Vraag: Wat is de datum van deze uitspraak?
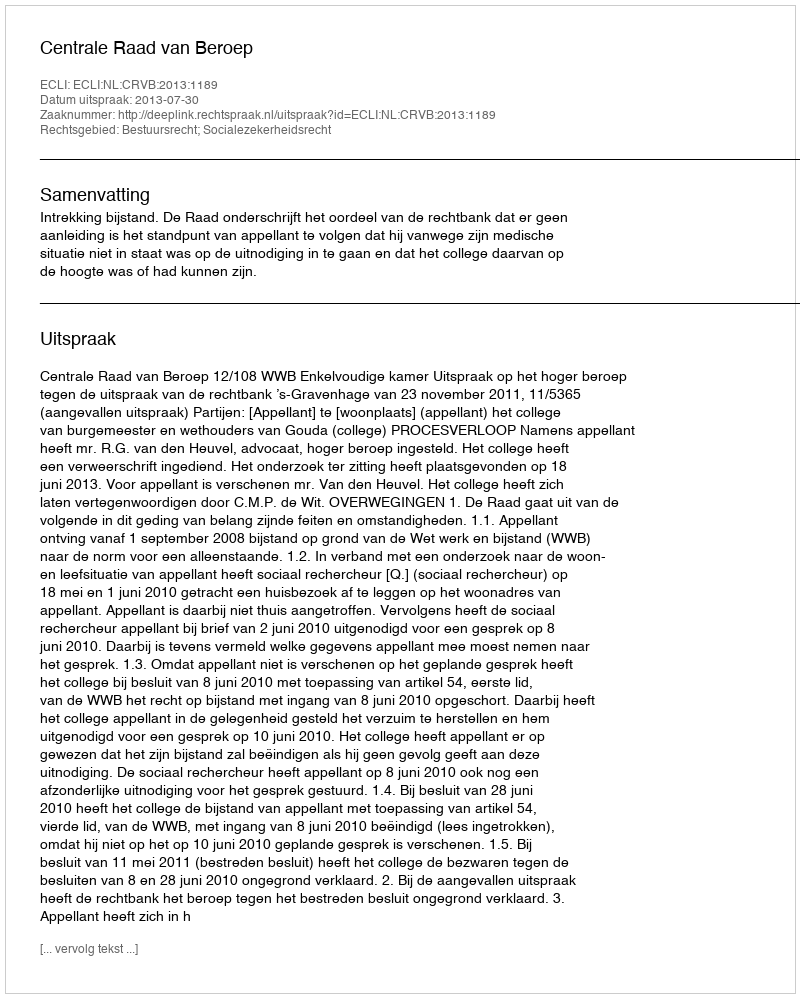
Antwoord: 2013-07-30